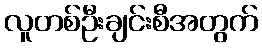
လူတစ်ဦးချင်းစီအတွက်